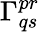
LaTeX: \Gamma_{qs}^{pr}